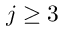
j \geq 3